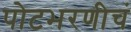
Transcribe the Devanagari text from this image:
पोटभरणीचं